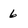
Character: 6